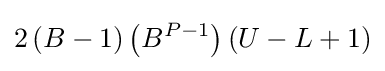
2\left(B-1\right)\left(B^{P-1}\right)\left(U-L+1\right)